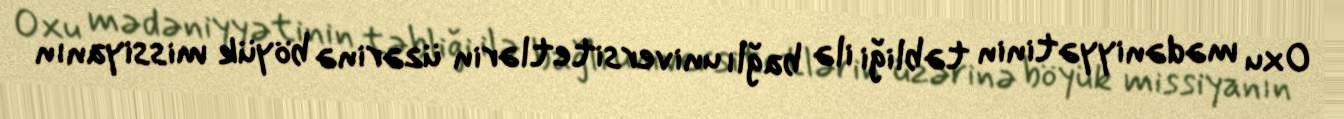
Oxu mədəniyyətinin təbliği ilə bağlı universitetlərin üzərinə böyük missiyanın